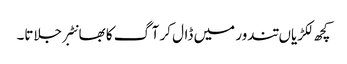
کچھ لکڑیاں تندور میں ڈال کر آگ کا بھانٹبر جلاتا۔